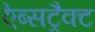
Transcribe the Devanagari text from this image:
ऐब्सट्रैक्ट